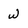
Character: w